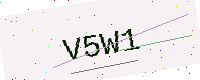
Text: V5W1